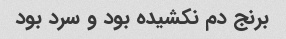
برنج دم نکشیده بود و سرد بود